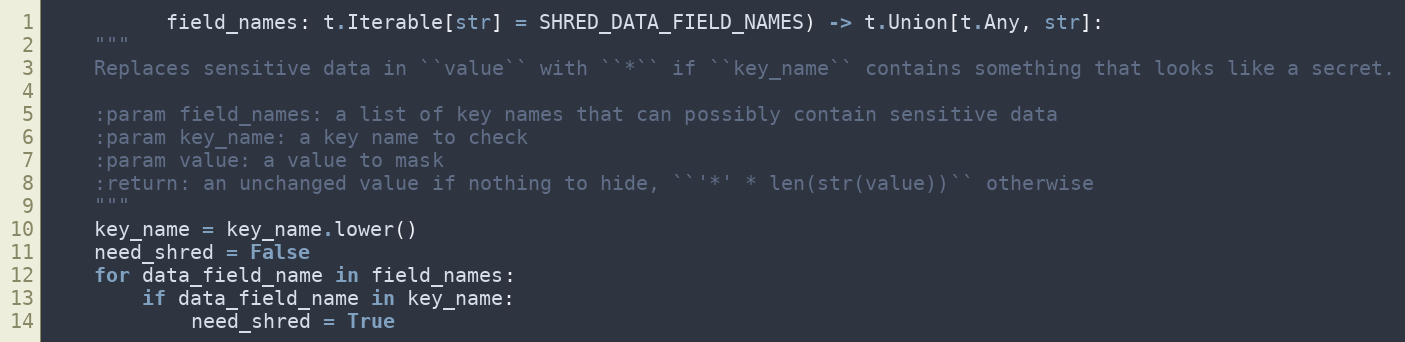
Language: Python
          field_names: t.Iterable[str] = SHRED_DATA_FIELD_NAMES) -> t.Union[t.Any, str]:
    """
    Replaces sensitive data in ``value`` with ``*`` if ``key_name`` contains something that looks like a secret.

    :param field_names: a list of key names that can possibly contain sensitive data
    :param key_name: a key name to check
    :param value: a value to mask
    :return: an unchanged value if nothing to hide, ``'*' * len(str(value))`` otherwise
    """
    key_name = key_name.lower()
    need_shred = False
    for data_field_name in field_names:
        if data_field_name in key_name:
            need_shred = True